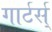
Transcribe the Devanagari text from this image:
गार्टर्स्